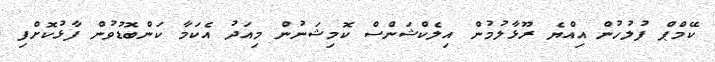
ކޭމްޕް ފުލުހުން އިއްޔެ ރޫޅާލުމުން އިލެކްޝަންސް ކޮމިޝަނުން މިއަދު އެކަމާ ކަންބޮޑުވުން ފާޅުކޮށްފި